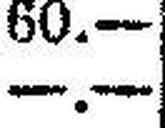
—.—